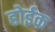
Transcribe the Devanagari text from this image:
होईक